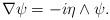
LaTeX: \begin{align*}\nabla \psi = - i \eta \wedge \psi. \end{align*}